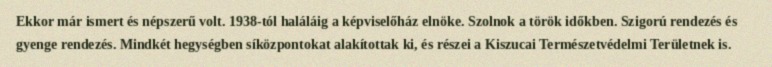
Ekkor már ismert és népszerű volt. 1938-tól haláláig a képviselőház elnöke. Szolnok a török időkben. Szigorú rendezés és gyenge rendezés. Mindkét hegységben síközpontokat alakítottak ki, és részei a Kiszucai Természetvédelmi Területnek is.